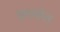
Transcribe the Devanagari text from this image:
अपर्याप्‍त